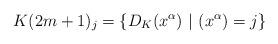
LaTeX: \begin{align*}K(2m+1)_j=\{D_K(x^\alpha) \ \vert \ (x^\alpha)=j\}\end{align*}